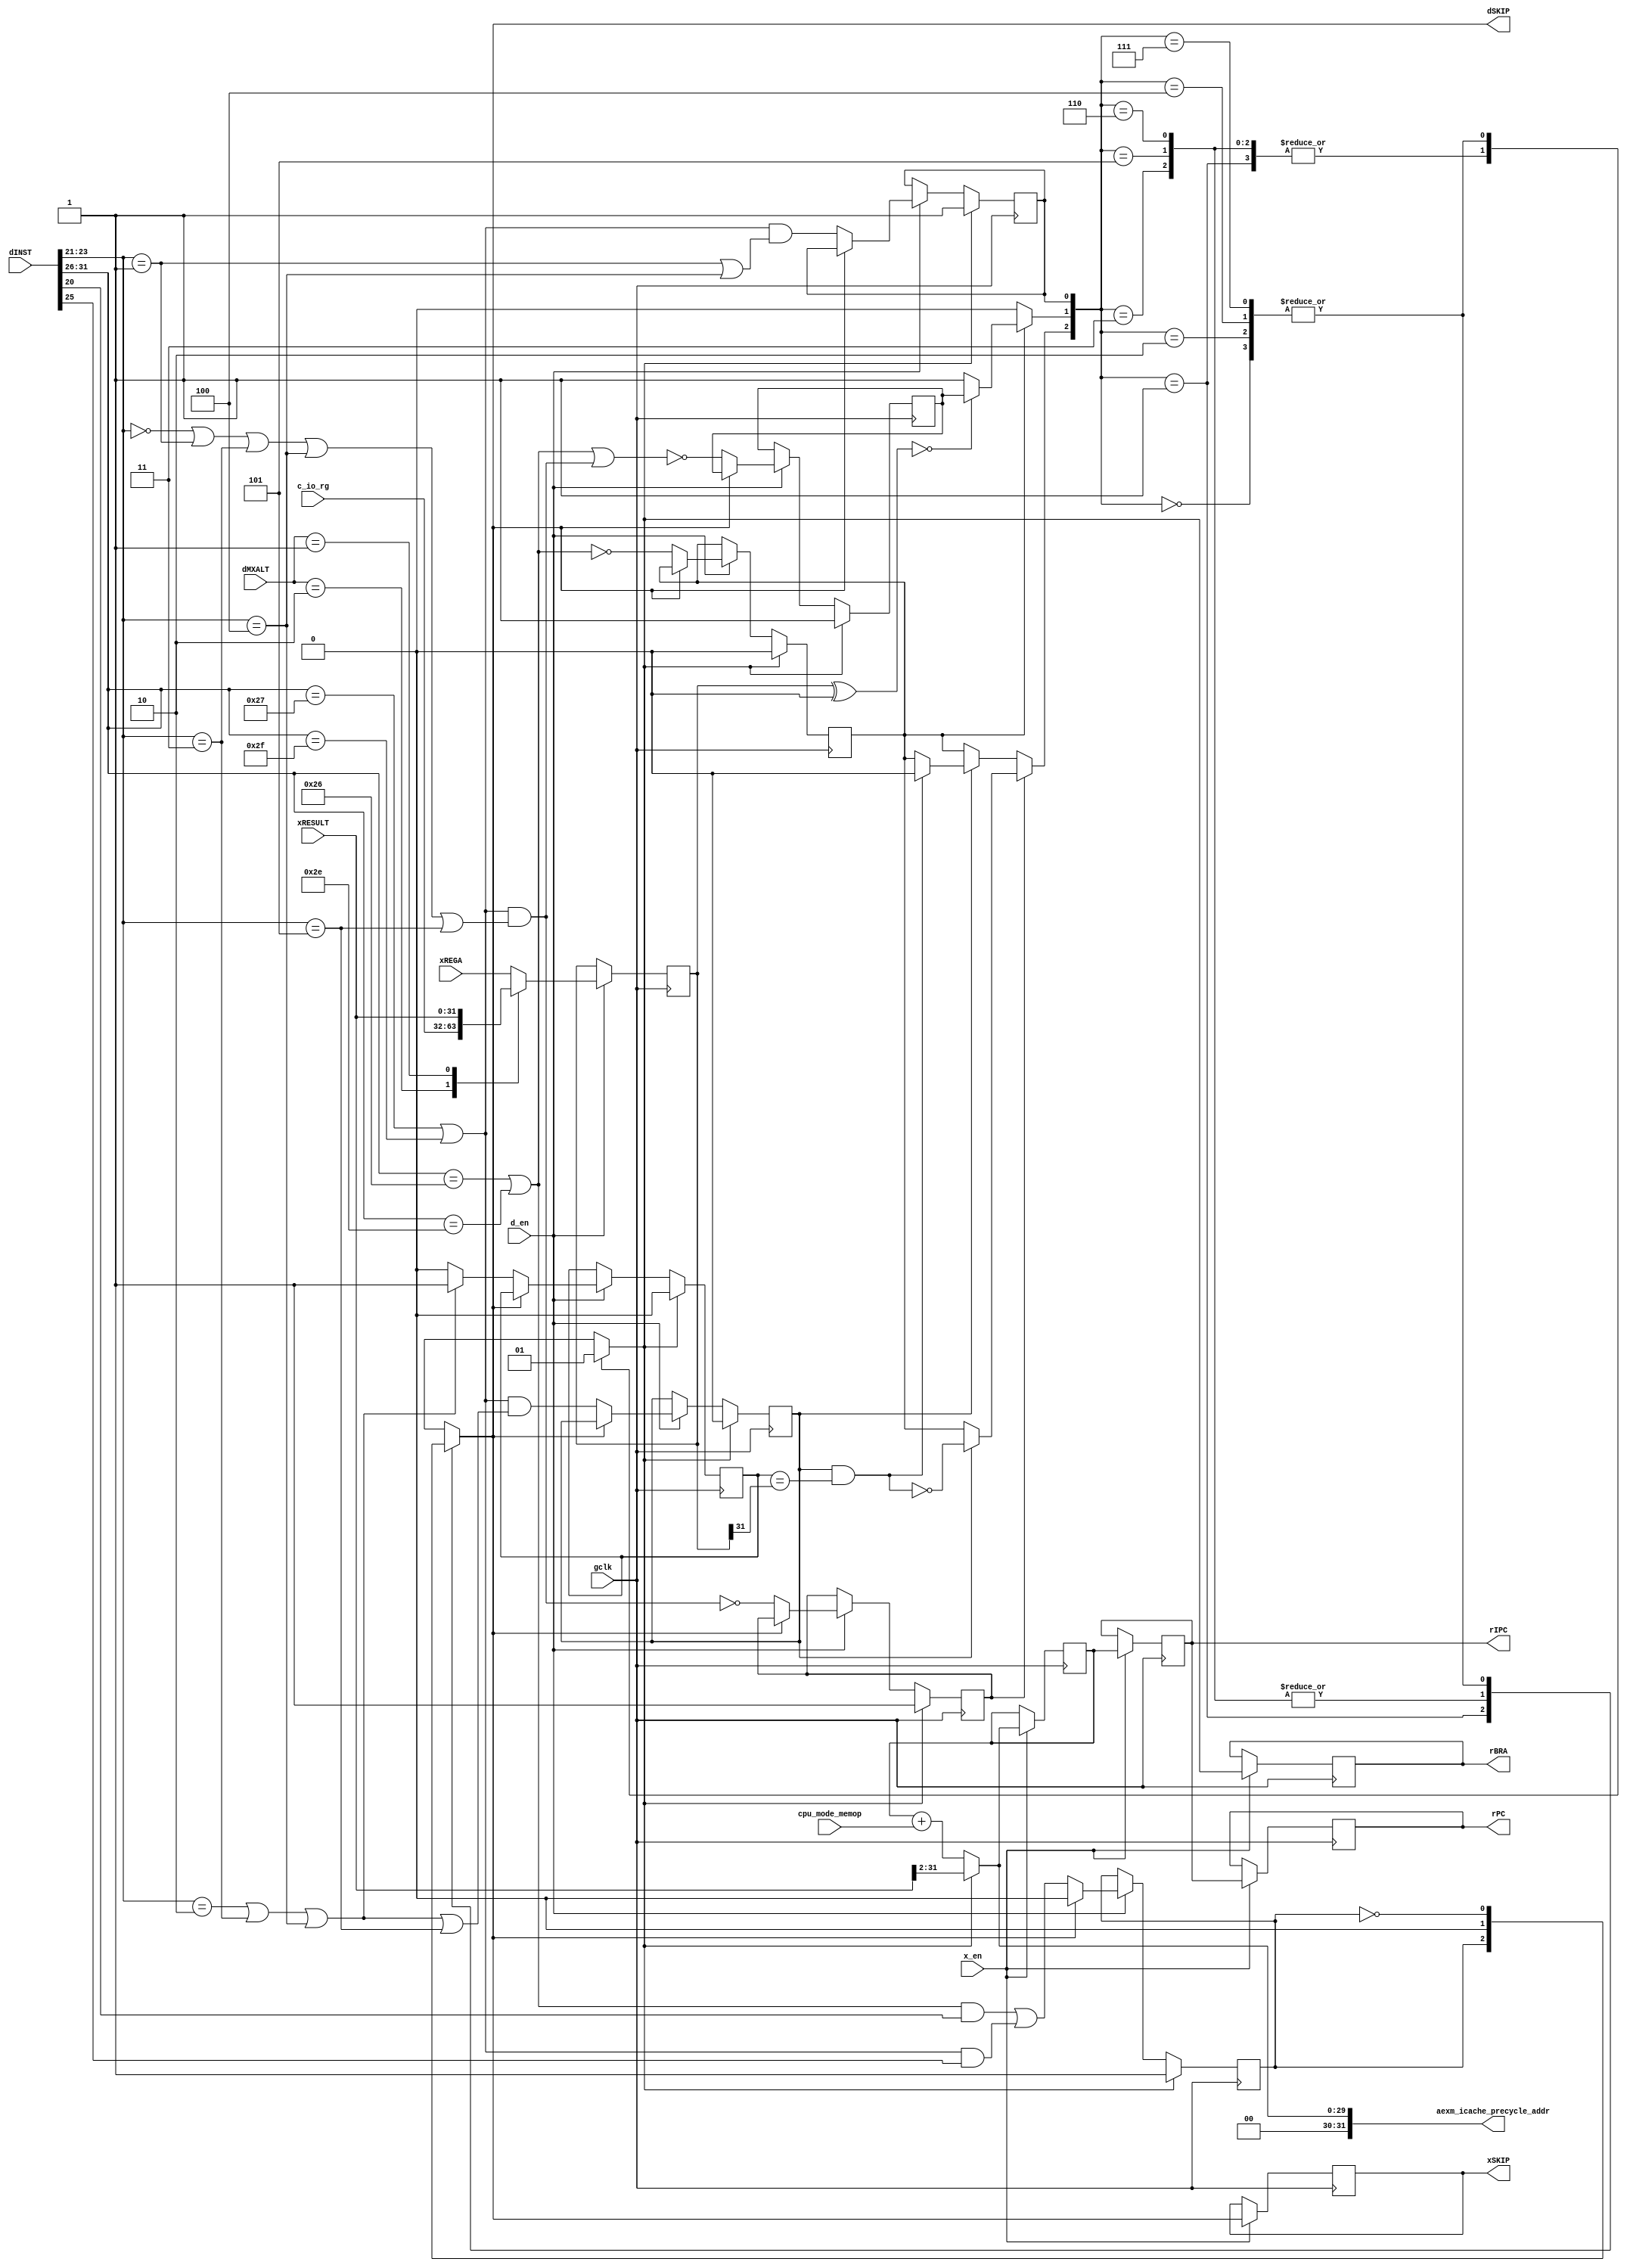
module aexm_bpcu (
   // Outputs
   aexm_icache_precycle_addr, rIPC, rPC,
   dSKIP, xSKIP, rBRA,
   // Inputs
   dMXALT, xRESULT, c_io_rg, xREGA,
   cpu_mode_memop, dINST, gclk, x_en, d_en
   );
   parameter IW = 24;

   // INST WISHBONE
  output [31:0] aexm_icache_precycle_addr;

   // INTERNAL
   output [31:2]   rIPC, rPC;
  output 	   dSKIP;
  output 	   xSKIP;
  output 	   rBRA;
   //output [1:0]    rATOM;
   //output [1:0]    xATOM;

   input [1:0] 	   dMXALT;
   input [31:0]    xRESULT; // ALU
   input [31:0]    c_io_rg;
   input [31:0]    xREGA;
  input [31:0] 	   dINST;
   //input [1:0] 	   rXCE;

  input 	   cpu_mode_memop;

   // SYSTEM
   input 	   gclk, x_en, d_en;

   wire [5:0] 	 dOPC;
   wire [4:0] 	 dRD, dRA, dRB;
   wire [10:0] 	 dALT;

   assign 	 {dOPC, dRD, dRA, dRB, dALT} = dINST;

   // --- BRANCH CONTROL --------------------------------------------
   // Controls the branch and delay flags

   reg [31:0] 	   wREGA = 32'd0;

  always @(posedge gclk)
    if (d_en)
      case (dMXALT)
	2'o2: wREGA <= c_io_rg;
	2'o1: wREGA <= xRESULT;
	default: wREGA <= xREGA;
      endcase // case (dMXALT)


  reg 		   chain_endpoint = 1'b1, careof_equal_n = 1'b1,
		   careof_ltgt = 1'b0, expect_equal = 1'b0,
		   expect_ltgt = 1'b0, invert_answer = 1'b1,
		   rSKIP_n = 1'b1, fSKIP, dSKIP, xSKIP = 1'b0,
		   xBRA, rBRA = 1'b0;
  wire 		   reg_equal_null_n, ltgt_true, expect_reg_equal,
		   dBCC, dBRU;

  always @(posedge gclk)
    if (fSKIP) begin
      // MAKE SURE THIS IS IDENTICAL TO THE REGISTER INITIAL VALUES!
      chain_endpoint <= 1;
      careof_equal_n <= 1;
      careof_ltgt <= 0;
      expect_equal <= 0;
      expect_ltgt <= 0;
      invert_answer <= 1;
      rSKIP_n <= 1;
    end else if (d_en) begin
      if (dSKIP) begin
      rSKIP_n <= 0;
      end else begin // if (!dSKIP)
      chain_endpoint <= !(dBRU ||
			  (dBCC &&
			   ((dRD[2:0] == 3'h0) ||
			    (dRD[2:0] == 3'h1) ||
			    (dRD[2:0] == 3'h3) ||
			    // implement gt as an inverted le
			    (dRD[2:0] == 3'h4) ||
			    (dRD[2:0] == 3'h5))));
      careof_equal_n <= !(dBCC &&
			  ((dRD[2:0] == 3'h0) ||
			   (dRD[2:0] == 3'h1) ||
			   (dRD[2:0] == 3'h3) ||
			   // implement gt as an inverted le
			   (dRD[2:0] == 3'h4) ||
			   (dRD[2:0] == 3'h5)));
      careof_ltgt <= dBCC &&
		     ((dRD[2:0] == 3'h2) ||
		      (dRD[2:0] == 3'h3) ||
		      (dRD[2:0] == 3'h4) ||
		      (dRD[2:0] == 3'h5));
      expect_equal <= !dBRU;
      expect_ltgt <= ((dRD[2:0] == 3'h2) ||
		      (dRD[2:0] == 3'h3) ||
		      // implement gt as an inverted le
		      (dRD[2:0] == 3'h4)) ? 1 : 0;
      invert_answer <= dBCC &&
		       ((dRD[2:0] == 3'h1) ||
			// implement gt as an inverted le
			(dRD[2:0] == 3'h4));
      rSKIP_n <= ((dBRU && dRA[4]) || (dBCC && dRD[4]));

      end // else: !if(dSKIP)
    end // if (d_en)

  // previous comment:
  // careof_equal_n asserted: only the mixin is 1, producing the real
  //   result
  // careof_equal_n deasserted: both the mixin and the terminal inject
  //   are 1, the result is guarrantied to be 1

  // current comment:
  // expect_equal is supposed to be wired to the mixin of the carry chain.
  // Therefore, if it is 1, as it almost always is, the chain operates
  // normally. The only exception is if br[i] (branch unconditional) comes
  // up. In that case, both the mixin and the endpoint are set to 0,
  // guarranteing the carry chain will output 0, enabling xBRA to be
  // properly set and enabling the signalling of fSKIP/dSKIP.
  assign reg_equal_null_n = expect_equal ?
			    (((wREGA ^ 32'd0) == 0) ? chain_endpoint : 1) :
			    0;

  assign ltgt_true = careof_ltgt && (expect_ltgt == wREGA[31]);

  assign expect_reg_equal = careof_equal_n ?
			    (careof_ltgt ?
			     !ltgt_true :
			     expect_equal) :
			    (careof_ltgt ?
			     (ltgt_true ?
			      0 :
			      expect_equal) :
			     expect_equal);

  always @(expect_reg_equal or reg_equal_null_n or invert_answer or
	   rSKIP_n)
    case ({expect_reg_equal,reg_equal_null_n,invert_answer})
      3'b000: begin
	xBRA <= 1; // BRU hits here, as well as a true ge, when e
	dSKIP <= !rSKIP_n; fSKIP <= 1;
      end
      3'b001: begin
	xBRA <= 0; // special fSKIP/dSKIP/initial spot
	dSKIP <= rSKIP_n; fSKIP <= 0;
      end
      3'b010: begin
	xBRA <= 1;
	dSKIP <= !rSKIP_n; fSKIP <= 1;
      end
      3'b011: begin
	xBRA <= 0; // inverted
	dSKIP <= 0; fSKIP <= 0;
      end
      3'b100: begin
	xBRA <= 1;
	dSKIP <= !rSKIP_n; fSKIP <= 1;
      end
      3'b101: begin
	xBRA <= 0; // inverted
	dSKIP <= 0; fSKIP <= 0;
      end
      3'b110: begin
	xBRA <= 0; // no-branch hits here
	dSKIP <= 0; fSKIP <= 0;
      end
      3'b111: begin
	xBRA <= 1; // inverted
	dSKIP <= !rSKIP_n; fSKIP <= 1;
      end
    endcase // case ({expect_reg_equal,reg_equal_null_n,invert_answer})

  assign dBCC = ((dOPC == 6'o47) | (dOPC == 6'o57));
  assign dBRU = ((dOPC == 6'o46) | (dOPC == 6'o56));

   // --- PC PIPELINE ------------------------------------------------
   // PC and related changes

   reg [31:2] 	   pre_rIPC = 30'h0, rIPC = 30'h0, xIPC;
   reg [31:2] 	   rPC = 30'h0, xPC;
  wire [31:2] 	   pc_inc;

   assign          aexm_icache_precycle_addr = xIPC;
  assign pc_inc = {{(29){1'b0}},cpu_mode_memop};

   always @(xBRA or rIPC or rPC or xRESULT or pre_rIPC or pc_inc)
     begin
       xPC <= rIPC;

       xIPC <= (xBRA) ? xRESULT[31:2] : (pre_rIPC + pc_inc);
     end
/*
   // --- ATOMIC CONTROL ---------------------------------------------
   // This is used to indicate 'safe' instruction borders.

   wire 	wIMM = (xOPC == 6'o54) & !fSKIP;
   wire 	wRTD = (xOPC == 6'o55) & !fSKIP;
//   wire 	dBCC = xXCC & ((xOPC == 6'o47) | (xOPC == 6'o57)) & !fSKIP;
//   wire 	dBRU = ((xOPC == 6'o46) | (xOPC == 6'o56)) & !fSKIP;

   wire 	fATOM = ~(wIMM | wRTD | dBCC | dBRU);
   reg [1:0] 	rATOM = 2'h0, xATOM;

   always @(fATOM or rATOM)
     xATOM <= {rATOM[0], (rATOM[0] ^ fATOM)};
*/

   // --- SYNC PIPELINE ----------------------------------------------

   always @(posedge gclk)
     if (x_en) begin
	pre_rIPC <= xIPC;
        rIPC <= pre_rIPC;
	rPC <= xPC;
//	rATOM <= xATOM;
       xSKIP <= dSKIP;
       rBRA <= xBRA;
     end

endmodule // aexm_bpcu